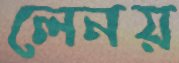
লেনয়